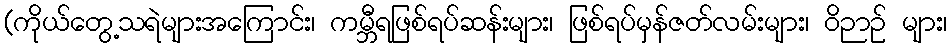
(ကိုယ်တွေ့သရဲများအကြောင်း၊ ကမ္ဘီရဖြစ်ရပ်ဆန်းများ၊ ဖြစ်ရပ်မှန်ဇတ်လမ်းများ၊ ဝိဉာဉ် များ၊